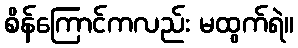
စိန်ကြောင်ကလည်း မထွက်ရဲ။